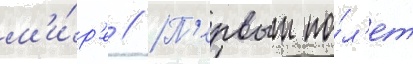
м'и́р'е // П'ервыи по́л'ет